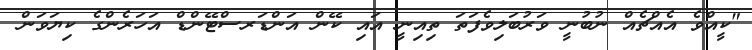
"ކީއްވެ އެއްޗެއް ނުބުނީ ވަރުބަލިވެފަތަ ތިއިނީ އައި ކޭން އަންޑަރސްޓޭންޑް އަހަރެންގެ ކިޔަވަން